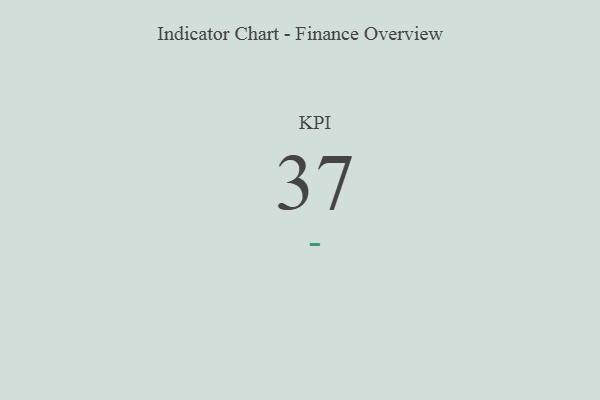
{"axis": {"x": "KPI", "y": "Value"}, "legend": [""], "data": [{"x": "KPI", "y": 37, "type": ""}]}